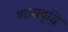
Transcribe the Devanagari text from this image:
व्यासवृद्धि